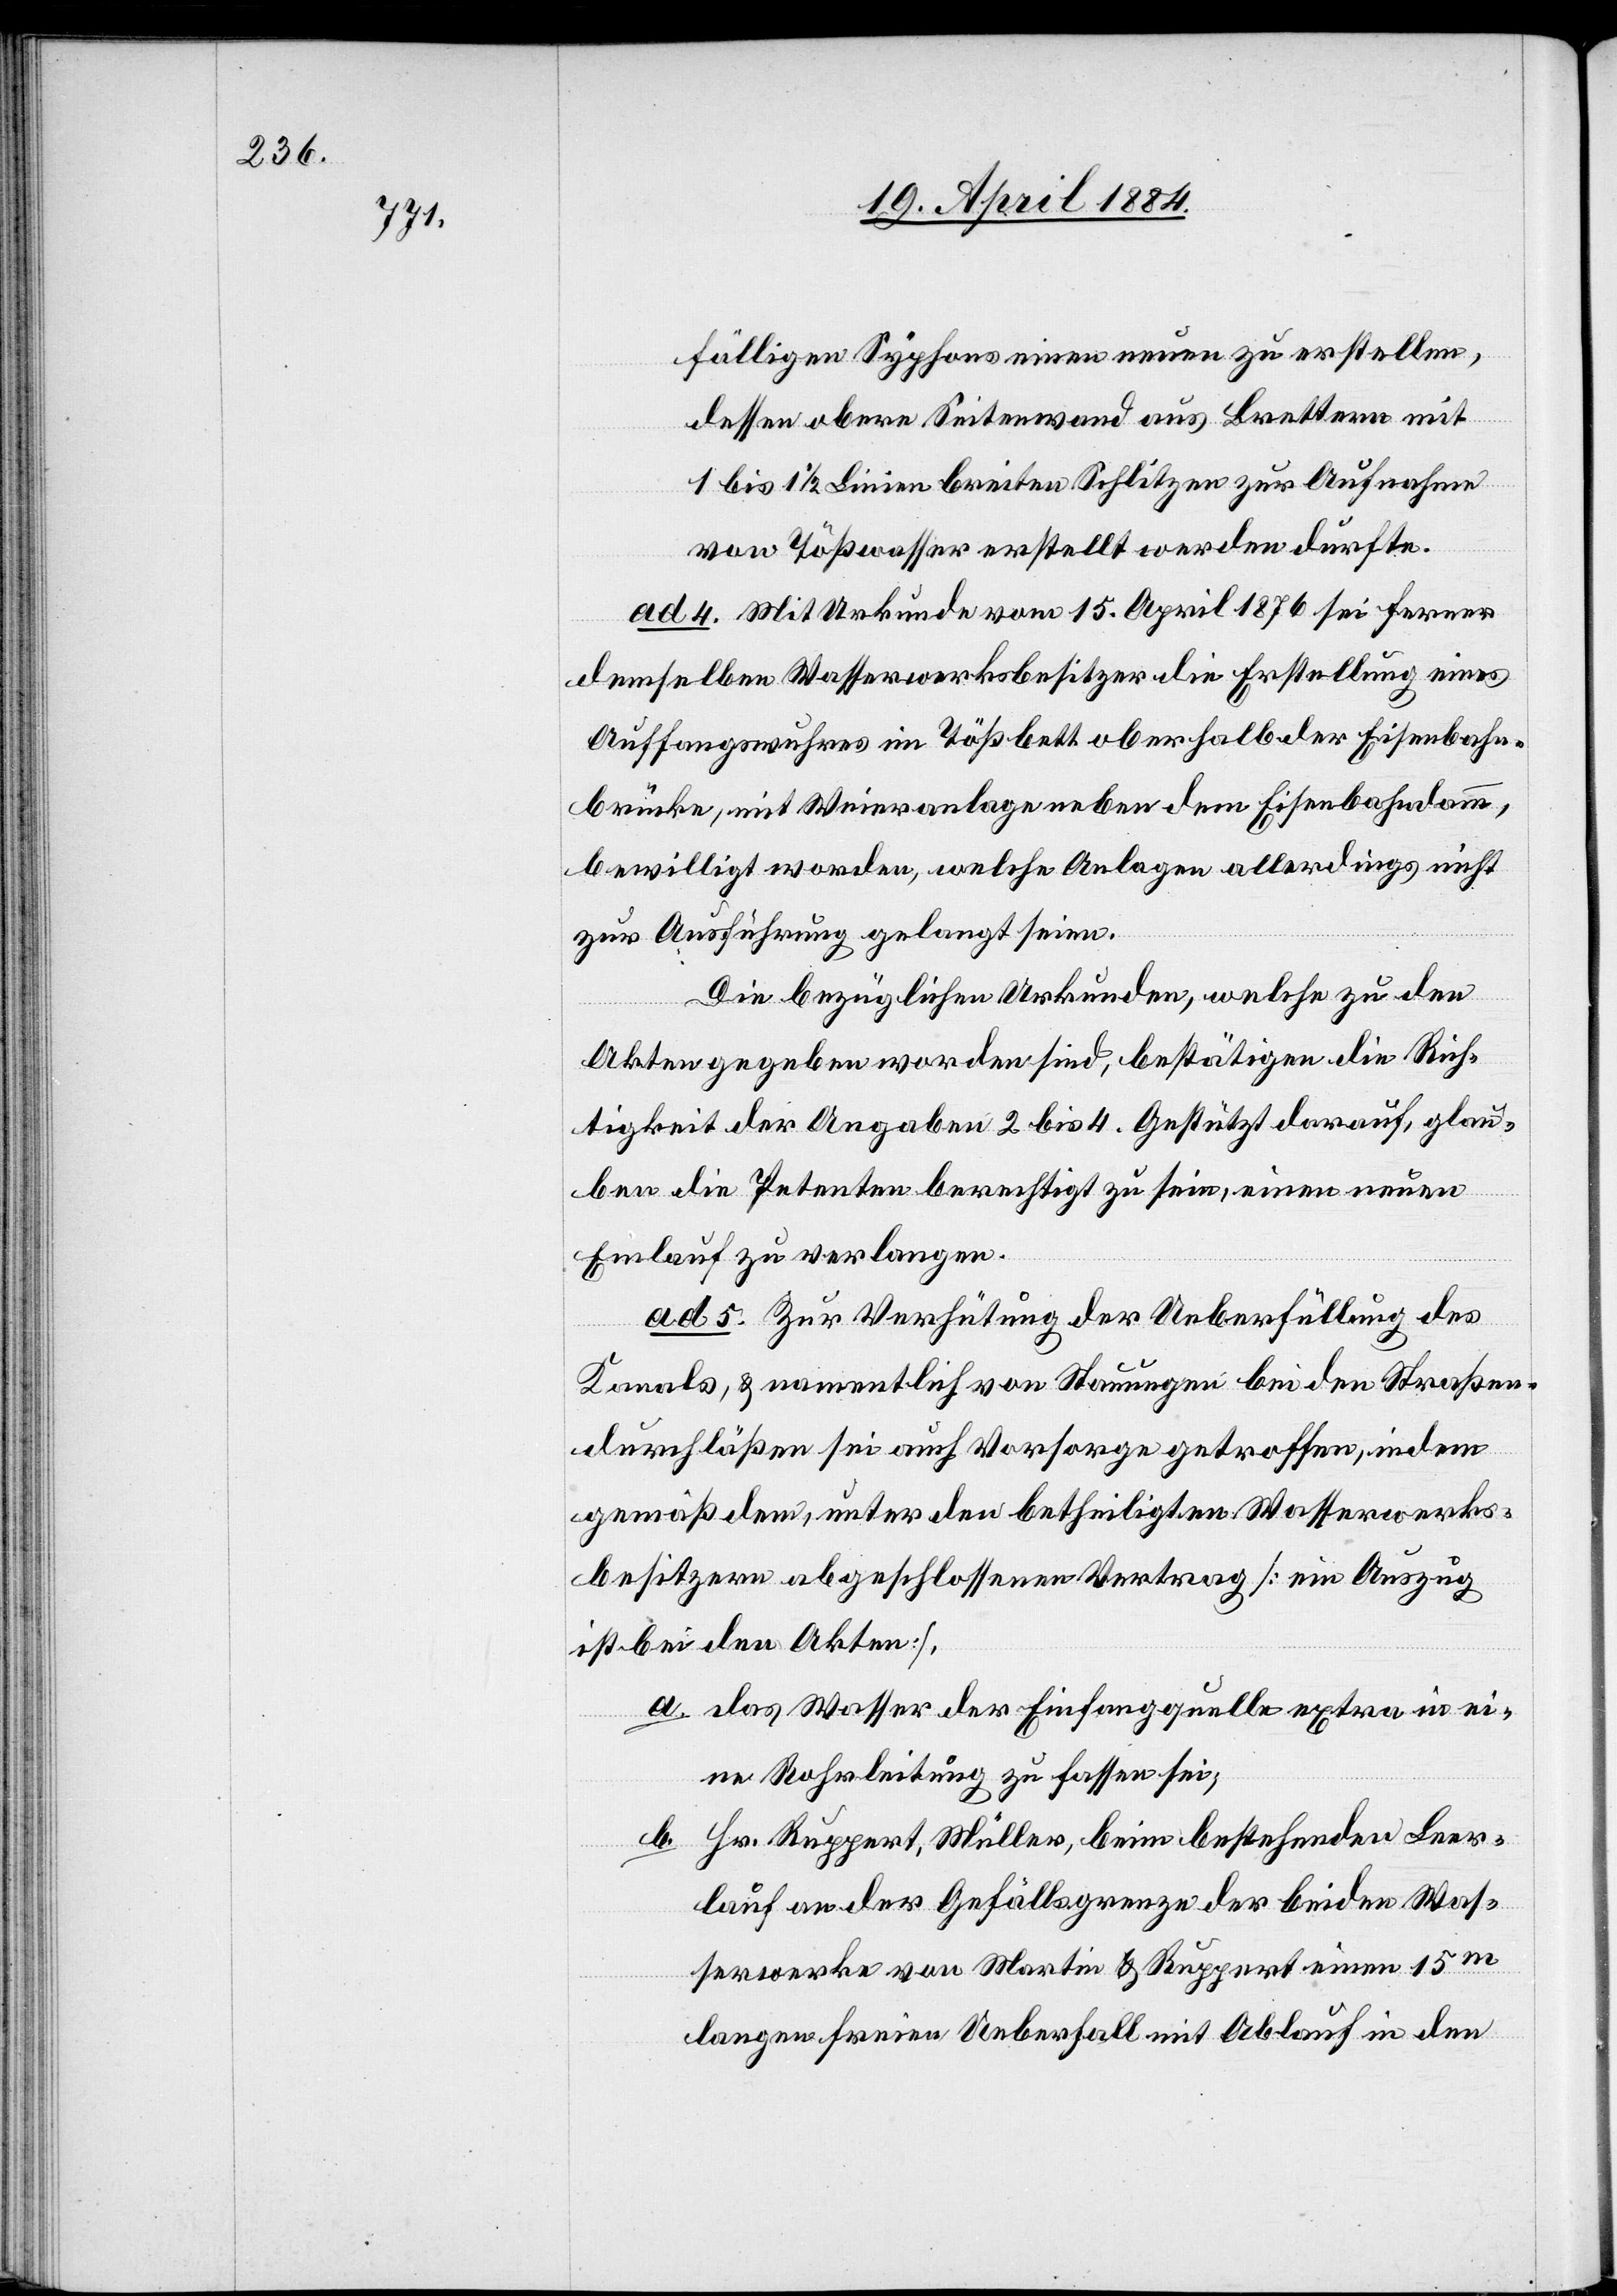
fälligen Syphons einen neuen zu erstellen,
dessen obere Seitenwand aus Brettern mit
1 bis 1 1/2 Linien breiten Schlitzen zur Aufnahme
von Tößwasser erstellt werden dürfte.
ad 4. Mit Urkunde vom 15. April 1876 sei ferner
demselben Wasserwerksbesitzer die Erstellung eines
Auffangswuhres im Tößbett oberhalb der Eisenbahn¬
brücke, mit Weieranlage neben dem Eisenbahndamm
bewilligt worden, welche Anlagen allerdings nicht
zur Ausführung gelangt seien.
Die bezüglichen Urkunden, welche zu den
Akten gegeben worden sind, bestätigen die Rich¬
tigkeit der Angaben 2 bis 4. Gestützt darauf, glau¬
ben die Petenten berechtigt zu sein, einen neuen
Einlauf zu verlangen.
ad 5. Zur Verhütung der Ueberfüllung des
Kanals, & namentlich von Stauungen bei den Straßen¬
durchläßen sei auch Vorsorge getroffen, indem
gemäß dem, unter den betheiligten Wasserwerks¬
besitzern abgeschlossenen Vertrag [ein Auszug
ist bei den Akten],
a. das Wasser der Einfangquelle extra in ei¬
ne Rohrleitung zu fassen sei;
b.
Hr. Ruppert, Müller, beim bestehenden Leer¬
lauf an der Gefällsgrenze der beiden Was¬
serwerke von Martin & Ruppert einen 15m
langen freien Ueberfall mit Ablauf in den